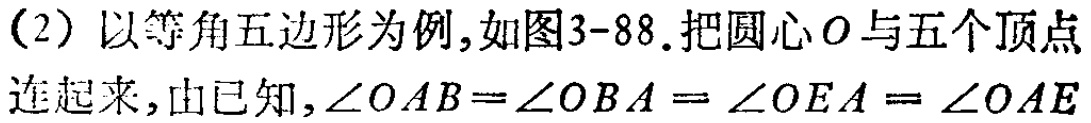
（2）以等角五边形为例,如图3-88.把圆心\(O\)与五个顶点连起来,由已知,\(\angle OAB = \angle OBA=\angle OEA=\angle OAE\)